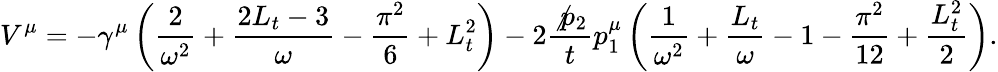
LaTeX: V^{\mu}=-\gamma^{\mu}\left(\frac{2}{\omega^{2}}+\frac{2L_{t}-3}{\omega}-\frac{\pi^{2}}{6}+L_{t}^{2}\right)-2\frac{\not{p}_{2}}{t}p_{1}^{\mu}\left(\frac{1}{\omega^{2}}+\frac{L_{t}}{\omega}-1-\frac{\pi^{2}}{12}+\frac{L_{t}^{2}}{2}\right).